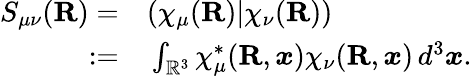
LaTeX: \begin{array}{rl}{S_{\mu\nu}({\mathbf{R}})=}&{{}(\chi_{\mu}({\mathbf{R}})|\chi_{\nu}({\mathbf{R}}))}\\ {:=}&{{}\int_{\mathbb{R}^{3}}\chi_{\mu}^{*}({\mathbf{R}},\boldsymbol{x})\chi_{\nu}({\mathbf{R}},\boldsymbol{x})\, d^{3}\boldsymbol{x}.}\end{array}